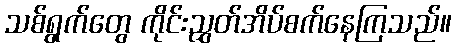
သစ်ရွက်တွေ ကိုင်းညွှတ်အိပ်စက်နေကြသည်။